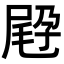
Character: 𡲪